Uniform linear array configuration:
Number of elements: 24
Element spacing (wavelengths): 0.25
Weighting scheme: hann
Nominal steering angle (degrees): -30
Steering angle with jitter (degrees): -31.959
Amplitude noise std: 0.05
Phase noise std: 0.05

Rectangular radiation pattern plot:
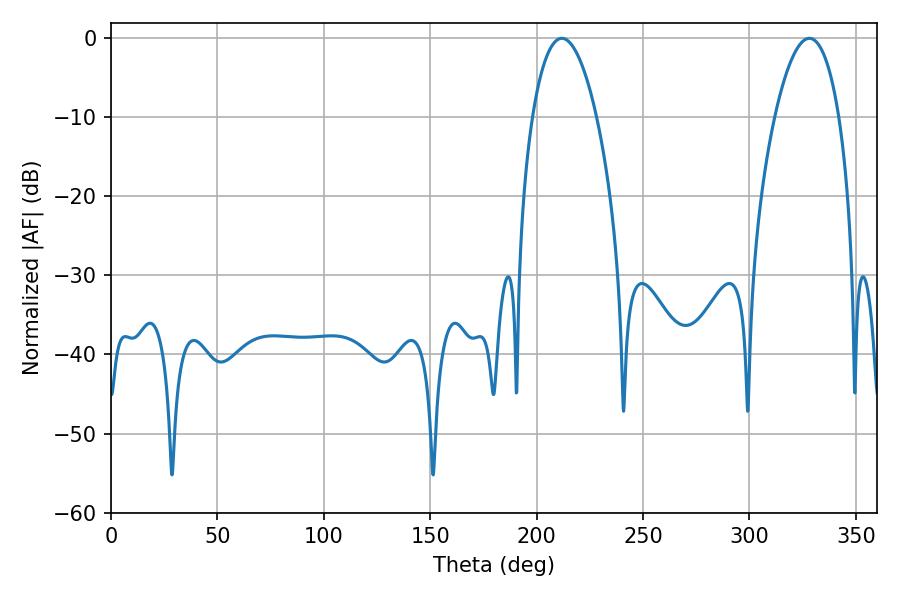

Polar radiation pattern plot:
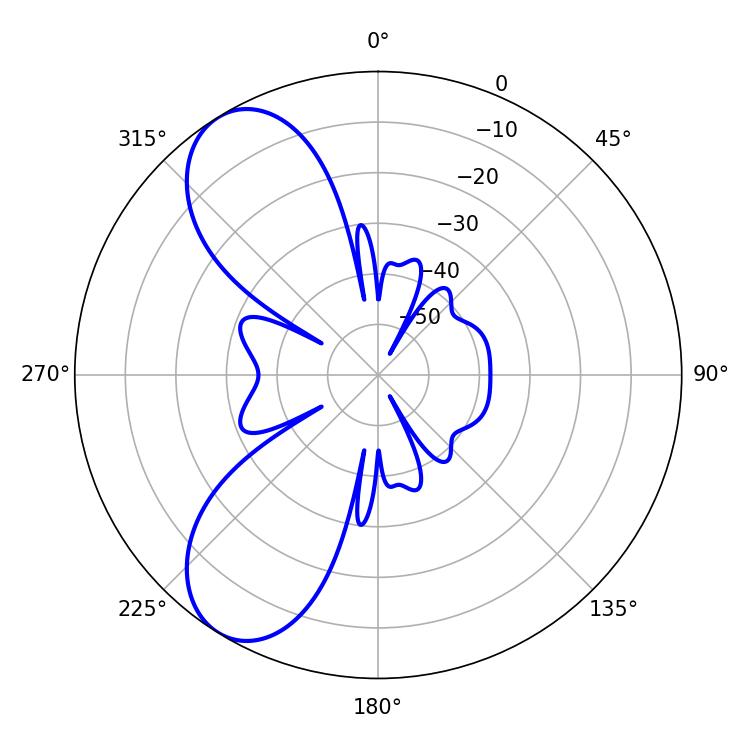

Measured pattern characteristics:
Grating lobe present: FALSE
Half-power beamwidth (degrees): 16.92
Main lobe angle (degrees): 211.86